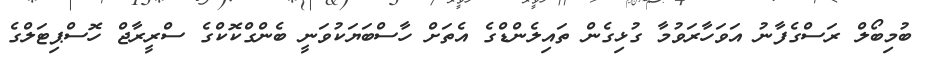
ބުމިބޯލް ރަސްގެފާނު އަވަހާރަވުމާ ގުޅިގެން ތައިލެންޑްގެ އެތަށް ހާސްބަޔަކުވަނީ ބެންގްކޮކްގެ ސްރީރާޖް ހޮސްޕިޓަލްގެ